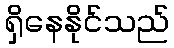
ရှိနေနိုင်သည်